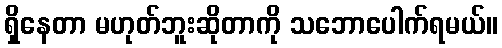
ရှိနေတာ မဟုတ်ဘူးဆိုတာကို သဘောပေါက်ရမယ်။